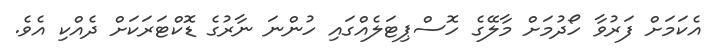
އެކަމަށް ފަރުވާ ހޯދުމަށް މާލޭގެ ހޮސްޕިޓަލެއްގައި ހުންނަ ނާރުގެ ޑޮކްޓަރަކަށް ދެއްކި އެވެ.